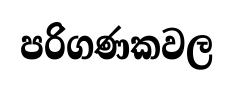
පරිගණකවල